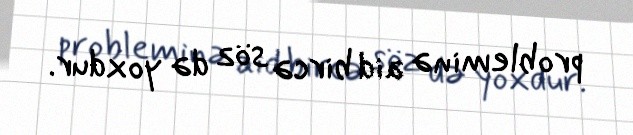
probleminə aid bircə söz də yoxdur.